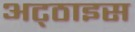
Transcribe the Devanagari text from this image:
अट्‌ठाइस